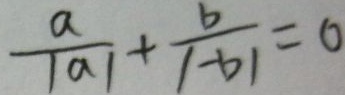
\frac { a } { \vert a \vert } + \frac { b } { \vert - b \vert } = 0